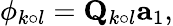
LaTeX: \phi_{k\circ l}=\mathbf{Q}_{k\circ l}\mathbf{a}_{1},